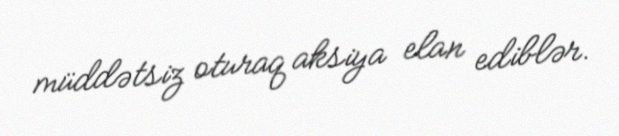
müddətsiz oturaq aksiya elan ediblər.